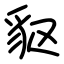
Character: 䝙